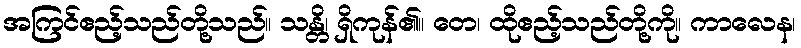
အကြင်ဧည့်သည်တို့သည်။ သန္တိ၊ ရှိကုန်၏။ တေ၊ ထိုဧည့်သည်တို့ကို။ ကာလေန၊